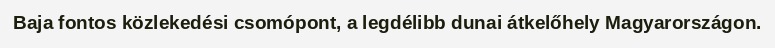
Baja fontos közlekedési csomópont, a legdélibb dunai átkelőhely Magyarországon.